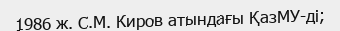
1986 ж. С.М. Киров атындағы ҚазМУ-ді;